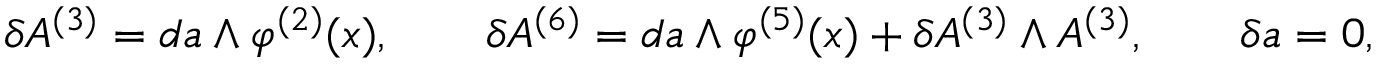
\delta A ^ { ( 3 ) } = d a \wedge \varphi ^ { ( 2 ) } ( x ) , \qquad \delta A ^ { ( 6 ) } = d a \wedge \varphi ^ { ( 5 ) } ( x ) + \delta A ^ { ( 3 ) } \wedge A ^ { ( 3 ) } , \qquad \delta a = 0 ,